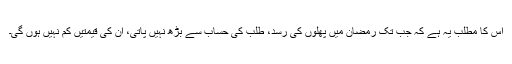
اس کا مطلب یہ ہے کہ جب تک رمضان میں پھلوں کی رسد، طلب کی حساب سے بڑھ نہیں پاتی، ان کی قیمتیں کم نہیں ہوں گی۔